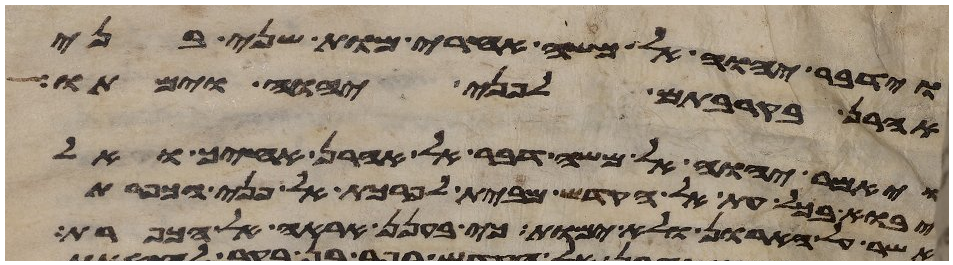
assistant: וידבר יהוה אל משה אחרי מות שני בני
אהרן בקרבתם לפני יהוה וימתו
ויאמר יהוה אל משה דבר אל אהרן אחיך ואל
יבוא בכל עת אל הקדש מבית לפרכת אל פני הכפרת
אשר על הארון ולא ימות כי בענן אראה אל הכפרת